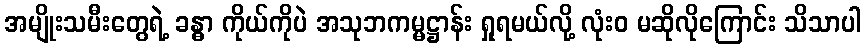
အမျိုးသမီးတွေရဲ့ ခန္ဓာ ကိုယ်ကိုပဲ အသုဘကမ္မဋ္ဌာန်း ရှုရမယ်လို့ လုံးဝ မဆိုလိုကြောင်း သိသာပါ